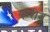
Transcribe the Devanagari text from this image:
फरीन